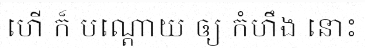
ហើ ក៏ បណ្តោយ ឲ្យ កំហឹង នោះ